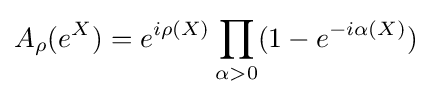
\displaystyle A_{\rho }(e^{X})=e^{i\rho (X)}\prod _{\alpha >0}(1-e^{-i\alpha (X)})